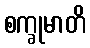
စက္ခုမာတိ